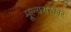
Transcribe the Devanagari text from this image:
मूल्यसंस्कार